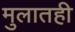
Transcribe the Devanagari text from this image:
मुलातही